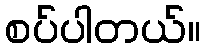
စပ်ပါတယ်။